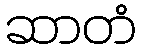
ဆာတံ